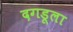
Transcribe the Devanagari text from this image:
दगडूला